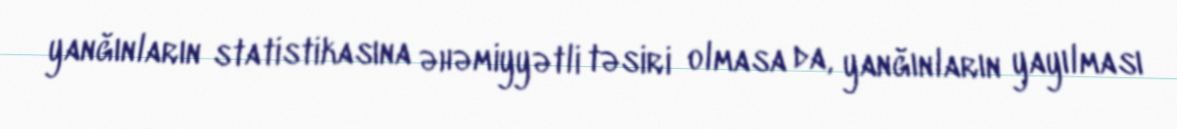
yanğınların statistikasına əhəmiyyətli təsiri olmasa da, yanğınların yayılması